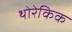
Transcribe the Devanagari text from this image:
थोरेकिक